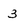
Character: 3